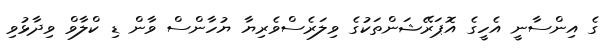
ގެ އިންސާނީ އެހީގެ އޮޕަރޭޝަންތަކުގެ ވިލަރެސްވެރިޔާ ޔުހާންސް ވާން ޑި ކްލާވް ވިދާޅުވި